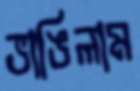
ভাঙিলাম